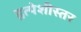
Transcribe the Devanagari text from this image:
हृत्पेशीस्तर